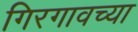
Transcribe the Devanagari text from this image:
गिरगावच्या